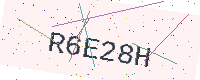
Text: R6E28H